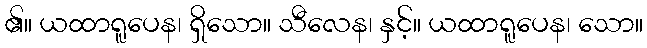
၏။ ယထာရူပေန၊ ရှိသော။ သီလေန၊ နှင့်။ ယထာရူပေန၊ သော။